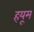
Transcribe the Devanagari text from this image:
हयूम